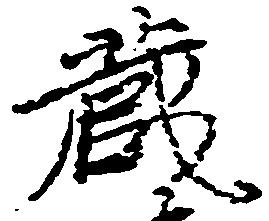
蔵